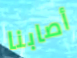
أصابنا